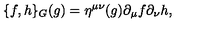
\{ f , h \} _ { G } ( g ) = \eta ^ { \mu \nu } ( g ) \partial _ { \mu } f \partial _ { \nu } h ,